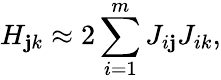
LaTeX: H_{\mathbf{j}k}\approx2\sum_{i=1}^{m}J_{i\mathbf{j}}J_{ik},